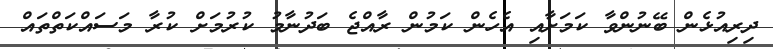
ދިރިއުޅެން ބޭނުންވާ ކަމަށާއި އެހެން ކަމުން ރާއްޖެ ބަދުނާމު ކުރުމަށް ކުރާ މަސައްކަތްތައް